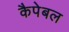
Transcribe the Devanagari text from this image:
कैपेबल